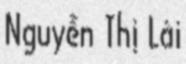
Nguyễn Thị Lài